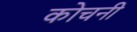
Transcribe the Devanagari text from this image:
कोचनी